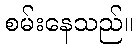
စမ်းနေသည်။